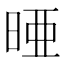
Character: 𪰥